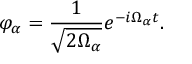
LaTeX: \varphi _ { \alpha } = \frac { 1 } { \sqrt { 2 \Omega _ { \alpha } } } e ^ { - i \Omega _ { \alpha } t } .